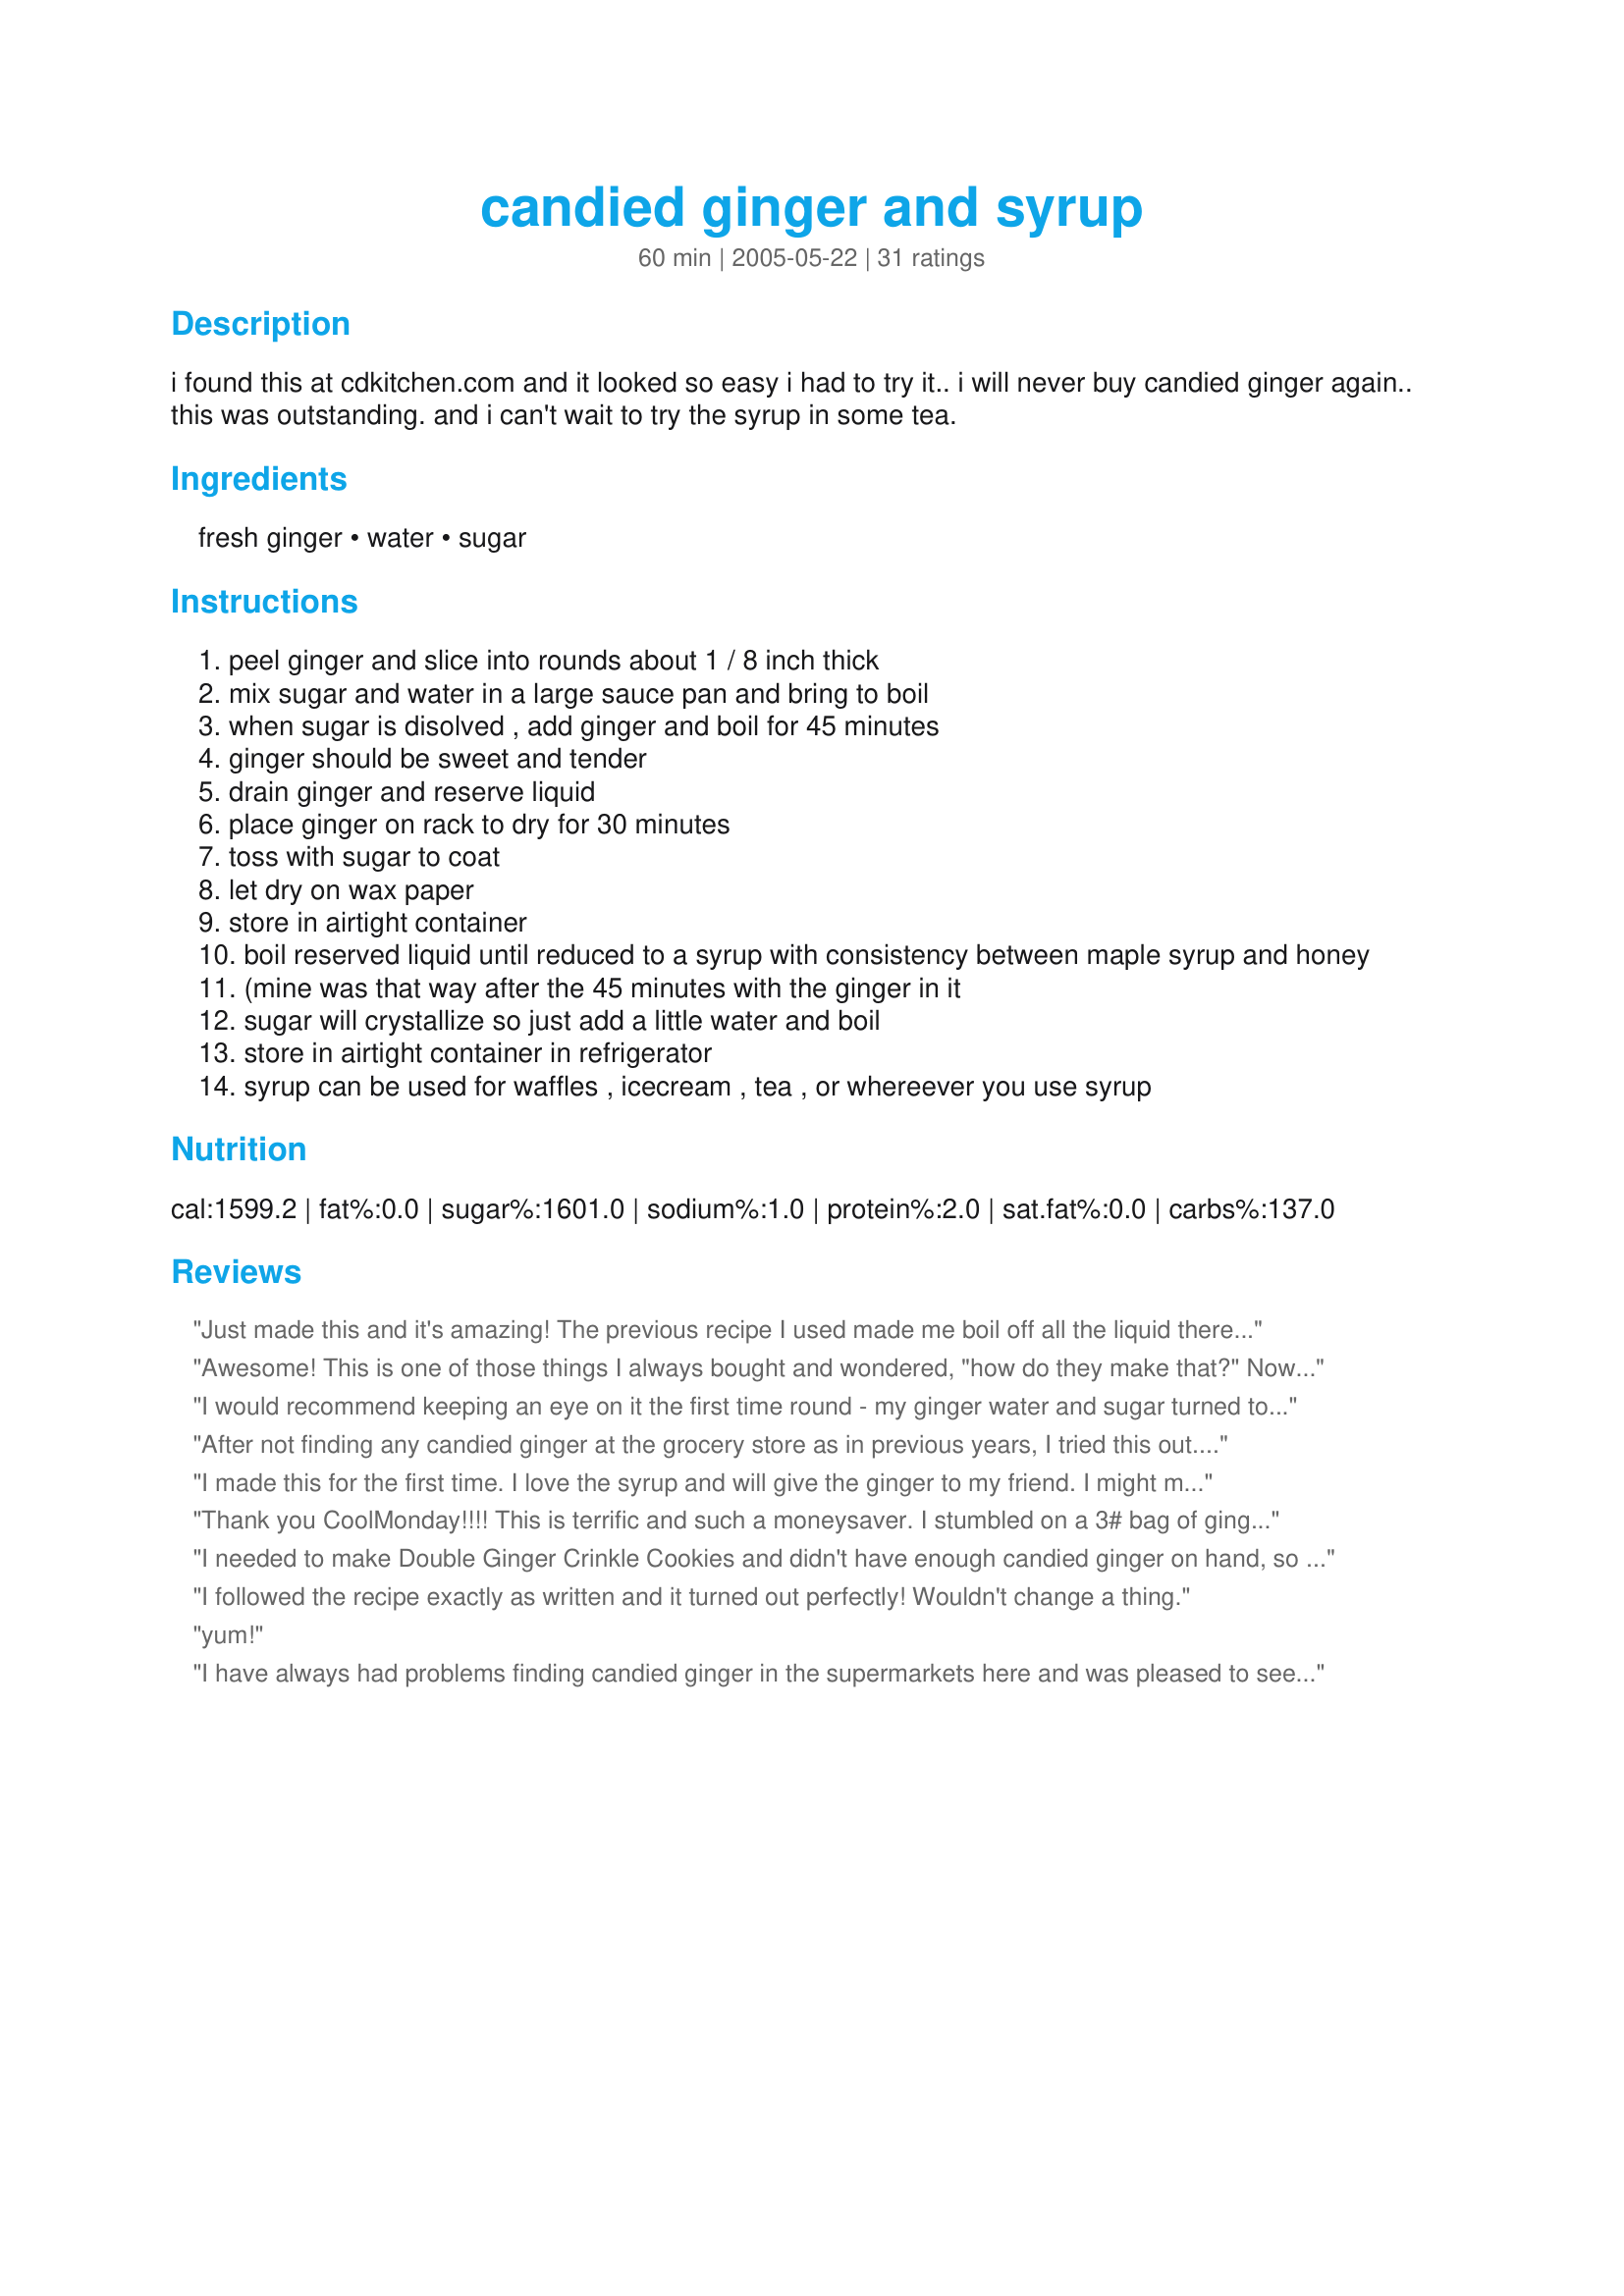
candied ginger and syrup
Preparation time: 60 minutes

i found this at cdkitchen.com and it looked so easy i had to try it.. i will never buy candied ginger again.. this was outstanding. and i can't wait to try the syrup in some tea.

Ingredients:
fresh ginger, water, sugar

Steps:
peel ginger and slice into rounds about 1 / 8 inch thick
mix sugar and water in a large sauce pan and bring to boil
when sugar is disolved , add ginger and boil for 45 minutes
ginger should be sweet and tender
drain ginger and reserve liquid
place ginger on rack to dry for 30 minutes
toss with sugar to coat
let dry on wax paper
store in airtight container
boil reserved liquid until reduced to a syrup with consistency between maple syrup and honey
(mine was that way after the 45 minutes with the ginger in it
sugar will crystallize so just add a little water and boil
store in airtight container in refrigerator
syrup can be used for waffles , icecream , tea , or whereever you use syrup

Reviews:
Just made this and it's amazing! The previous recipe I used made me boil off all the liquid thereby making it tricky on timing and missing the delicious syrup. So not only is this easy, I get the bonus of the syrup for tea, soda, upset tummies, stuffy sinuses, and yummy sauces.
Awesome! This is one of those things I always bought and wondered, "how do they make that?" Now I've made my own candied ginger, and it's WAY better! About to use it in my fruitcake. Never had the syrup before, but how awesome... just mixed some with a little orange juice, vanilla vodka, chocolate liqueur, ground cloves, and cinnamon, and had an awesome gingerbread martini! The first of many...
I would recommend keeping an eye on it the first time round - my ginger water and sugar turned to brown caramel after about 20 minutes of boiling! Managed to rescue the ginger but everything else is covered in a thick goo. As some people have mentioned below: the temperature of everyone's hobs may be slightly different, and therefore the water/time for each person may vary!
After not finding any candied ginger at the grocery store as in previous years, I tried this out. Major fail. After about 20 minutes of boiling, the sugar turned brown and the syrup became sludge. Ever try to drain sludge? It's nigh impossible! I seriously question the 45 minute boiling direction. Had to throw out the whole batch. and clean up was no fun either. Too bad, because it's expensive to buy and I was really hoping this recipe would work.
I made this for the first time. I love the syrup and will give the ginger to my friend. I might make this for Christmas gifts.
Thank you CoolMonday!!!! This is terrific and such a moneysaver. I stumbled on a 3# bag of ginger in the markdown basket & immediately thought of this recipe I had saved. I am so happy with the results! I now have lovely candied ginger to use and several cups of syrup all for less than I was paying for a small bag of crystallized ginger. What a great recipe. =)
I needed to make Double Ginger Crinkle Cookies and didn't have enough candied ginger on hand, so made this yummy recipe! I will use the syrup to put in my tea! Thank you!
I followed the recipe exactly as written and it turned out perfectly! Wouldn't change a thing.
yum!
I have always had problems finding candied ginger in the supermarkets here and was pleased to see I could make my own so easily. I did tinker with the recipe a bit, reducing the sugar and water and slicing the ginger very thinly. I also didn't bother drying it but just kept it in a jar in the fridge with the remaining syrup which had a honey-like texture and a wonderful aroma. Thanks for posting something so simple and useful.
Thank you! I've been looking for a recipe for candied ginger forever! This recipe is excellent.
It is easy, cheap and gives a result better than what you would buy in a store. The tip in the review from the girl in Uruguay abut peeling the ginger with a spoon is perfect too. Made in memory of CoolMonday, November 2007.
Fabulous recipe. I have shared it with all my cooking buddies. I use it in my apricot/ginger/pecan Christmas cake recipe.
I&#039;ve never made candied ginger before, turns out it&#039;s incredibly easy! However, when I saw the syrup crystallized I decided to put it under the broiler for a few minutes and crystallize all of it. The &quot;ginger sugar&quot; is a hit! Thank you do much for posting.
Love it! The ginger turned out PERFECT, and the ginger syrup is AMAZING! If I could give it 6/5, I would.
I tried to double the recipe, but unfortunately I have a small child and he needed me for a moment and well I burnt it... The ginger pieces were ruined but on the plus side he likes the syrup anyways... Will have to try again once I buy more sugar... Will say that it was lovely before it burnt but the ginger wasn&#039;t soft enough before so I was continuing to cook it down... So gutted
Very tasty! Next time I’ll cook the ginger a tad longer than 45 minutes. The leftover syrup is delicious. Big thanks to the person who said cutting the ginger made their fingers burn. I put on a pair of gloves and it didn’t bother me at all.
This is an awesome recipe, it turned out so well. The syrup has a delicious taste and great consistency. And the candy is delicious as well. I too will never buy candied ginger again! Thanx for the fantastic recipe! Katrina
I tried this today and had lots of syrup left. Next time I think I will cut the sugar and water in half or add more ginger. The syrup is yummy but I am the only ginger fan in the family. I like how easy this is to make.
Thank You! I used to make the same syrup with "wild ginger" but can't find it where I live now. Was hoping I could do the same thing with real ginger root. We're studying Thailand in our homeschool right now and I plan to make this to dip our banana rice dessert in, and am looking over to using the leftover syrup in various ways. It keeps well in the fridge

BTW, another way I used to use this was adding a couple healthy Tbsp. into a cup of hot water for a yummy hot drink.
Great recipe! I could not believe how easy it was to make candied ginger. I used for baking and the syrup is wonderful in mixed drinks. Thanks for posting.
Amazing, thank you. Was recovering from bad cold and all this tinkering with ginger all evening definitely helped to recover :) for anyone who's doing this for the first time - highly suggest using gloves while cutting the ginger (if like me you don't have the mandolin slicer) as the fingers were burning for quite a while after... And I wasn't quite sure when to stop boiling the syrup after removing the pieces and ended up with a jar full of hard piece of ginger-sugar.. Will try melting it again and adding back some more water and hope it will stay syrup-like. Anyway, it was a good adventure and the result is perfect.
Been doing it this way for a long time and it’s great! Just a tip to slice the ginger way thinner, almost see through. It cooks better and the candy isn’t too gingery. And use a spoon to scrape the skin off! Make sure it is mostly dry/ a LITTLE damp when adding sugar otherwise the sugar will just dissolve and become syrup, the dampness helps the sugar to stick and dissolve ever so slightly before it hardens again. I use the syrup to make Moscow mules with vodka, lime juice and ginger beer.
Awesome! And very easy to make! Thanks! Here in the north country NH I was having a hard time finding candied ginger and didn&#039;t have much luck... I found one store that had it but was asking for $10 plus tax for it... Cost me less than $9 bucks to make this and I have more than what that store was asking.. SMH! Just one question... Does it ever go bad? If yes how long is it good for?
As good as store-bought and much less expensive. Make sure the end product is completely dry. Days later when I opened my container these were damp with signs of weeping, after which I spread them on waxed paper for several days to dry completely. Eat about 3 or 4 pieces at one time--I dare ya!
Ginger has qualities to sooth the stomach and keep the digestive tract healthy. A small piece each day over time can help someone with their digestion. Of course, if you have problems, talk to your Physician or Nurse Practioner to rule out any serious issues first. Educate yourself on herbs and roots, and enjoy this treat!
I've been making this for a while. I love it, and I use the syrup in club soda as a very healthy alternative to soda pop for my children( and myself as well)I just strain the syrup through cheese cloth so there are no little floaty things in the drinks as my children would refuse to drink it. I have not once bought candied ginger since I found your recipe.Thank you :)
Half of my family now requests this syrup with blueberry pancakes. The combination of flavors is delightful. The candied ginger is great for hikes and adding syrup to the water, mmmmmm delish! Thank you.
Fantastic recipe! Thank you!!! So simple. I am living in Uruguay and can't find candied ginger. I hadn't thought of making it until I ran across this recipe, so thank you. I doubled the batch and it took about twice the cooking time. After removing the ginger I added orange peel to the sugar sauce and made candied orange peel. It tasted amazing! I dipped the candied ginger and orange peel in chocolate and made scones! I used the sugar sauce to make caramel (added butter and cream)...it was some of the best caramel I've ever had. I also made a drink: orange juice, sparkling water and sugar sauce...yummy. Oh, I used a spoon to peel my ginger...put the front of the spoon towards you and scrape the skin off (you're using the edge of the top of the spoon to scrap). I couldn't believe how easy this made to peel the ginger.
Followed the recipe as written and these turned out delicious!! Soft, spicy, ginger-y. After sugaring the candied ginger, I left it on wax paper overnight. They were perfect.
It took about 2 hrs. to cook the ginger. I dried for 30 minutes then coated with sugar and put on wax paper. The sugar melted. So not very successful.
